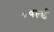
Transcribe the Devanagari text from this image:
८वर्ल्ड